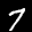
Label: 7